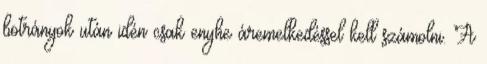
botrányok után idén csak enyhe áremelkedéssel kell számolni. A